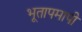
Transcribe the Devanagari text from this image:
भूतापमापी